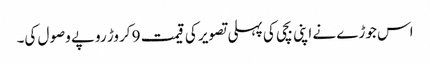
اس جوڑے نے اپنی بچی کی پہلی تصویر کی قیمت 9 کروڑ روپے وصول کی۔